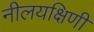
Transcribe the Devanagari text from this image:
नीलयक्षिणी